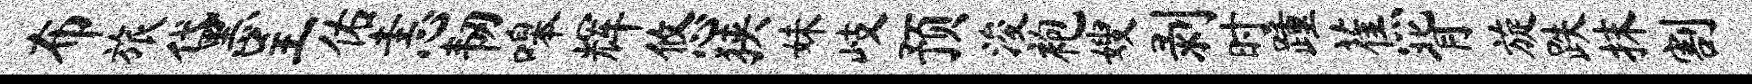
布旅黛呈佑恚韧嗥辉悠狭妹岐预浚袍嫂剥时踵蕉背旋跌抹割